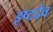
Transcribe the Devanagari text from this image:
इष्‍टदेव